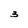
Character: 3